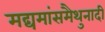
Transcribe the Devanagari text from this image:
मद्यमांसमैथुनादी